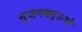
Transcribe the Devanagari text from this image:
सृजनकर्तओं